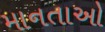
માનતાઓ